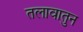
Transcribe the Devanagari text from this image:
तलावातुन